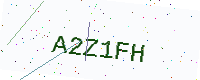
Text: A2Z1FH